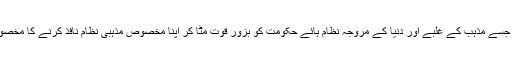
ایک تو وہ ہے جسے مذہب کے غلبے اور دنیا کے مروجہ نظام ہائے حکومت کو بزور قوت مٹا کر اپنا مخصوص مذہبی نظام نافذ کرنے کا مخصوص ایجنڈا ہے۔